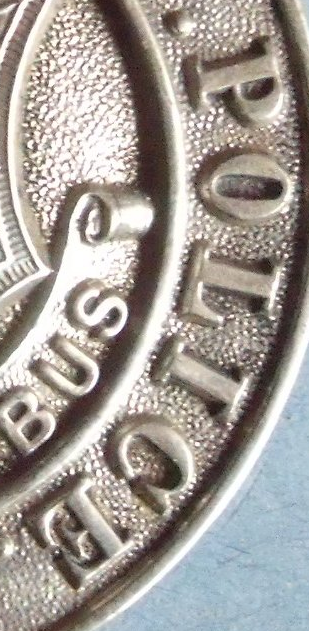
POLIGE